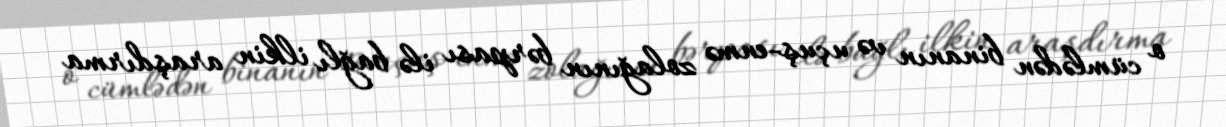
o cümlədən binanın və uçuş-enmə zolağının bərpası ilə bağlı ilkin araşdırma